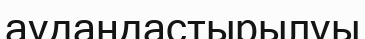
аудандастырылуы